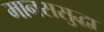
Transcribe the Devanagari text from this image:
मानससुद्धा